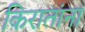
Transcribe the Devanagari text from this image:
किरातांना